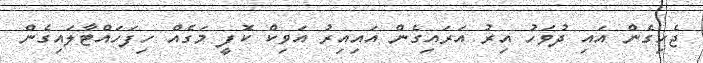
ޖެހިގެން އައި ދުވަހު އިރު އަރައިގެން އައިއިރު އަވިކް ކޮފީ މަގެއް ހިފަހައްޓާލައިގެން